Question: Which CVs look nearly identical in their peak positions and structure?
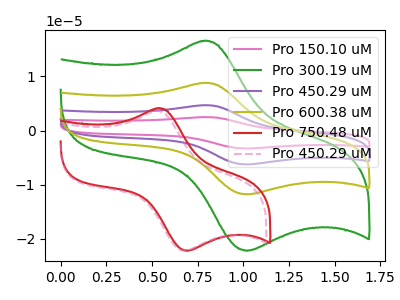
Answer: <think>The pink curve "Pro 150.10 uM" has an anodic peak at (0.80V, 26.30uA) and a cathodic peak at (1.00V, -35.35uA). The green curve "Pro 300.19 uM" has an anodic peak at (0.80V, 16.50uA) and a cathodic peak at (1.00V, -22.20uA). The purple curve "Pro 450.29 uM" has an anodic peak at (0.80V, 17.55uA) and a cathodic peak at (1.00V, -23.55uA). The olive curve "Pro 600.38 uM" has an anodic peak at (0.80V, 8.75uA) and a cathodic peak at (1.00V, -11.80uA). The red curve "Pro 750.48 uM" has an anodic peak at (0.55V, 4.10uA) and a cathodic peak at (0.70V, -22.20uA). The pink dashed curve "Pro 450.29 uM" has an anodic peak at (0.50V, 3.60uA) and a cathodic peak at (0.70V, -22.20uA).
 All the peaks in "Pro 150.10 uM" have a peak in "Pro 300.19 uM" at the same potential. Every peak in "Pro 150.10 uM" is higher than every peak in "Pro 300.19 uM". All the peaks in "Pro 150.10 uM" have a peak in "Pro 450.29 uM" at the same potential. Every peak in "Pro 150.10 uM" is higher than every peak in "Pro 450.29 uM". All the peaks in "Pro 150.10 uM" have a peak in "Pro 600.38 uM" at the same potential. Every peak in "Pro 150.10 uM" is higher than every peak in "Pro 600.38 uM". "Pro 150.10 uM" and "Pro 750.48 uM" have at least one peak that do not match. "Pro 150.10 uM" and "Pro 450.29 uM" have at least one peak that do not match. All the peaks in "Pro 300.19 uM" have a peak in "Pro 450.29 uM" at the same potential. Every peak in "Pro 300.19 uM" is lower than every peak in "Pro 450.29 uM". All the peaks in "Pro 300.19 uM" have a peak in "Pro 600.38 uM" at the same potential. Every peak in "Pro 300.19 uM" is higher than every peak in "Pro 600.38 uM". "Pro 300.19 uM" and "Pro 750.48 uM" have at least one peak that do not match. "Pro 300.19 uM" and "Pro 450.29 uM" have at least one peak that do not match. All the peaks in "Pro 450.29 uM" have a peak in "Pro 600.38 uM" at the same potential. Every peak in "Pro 450.29 uM" is higher than every peak in "Pro 600.38 uM". "Pro 450.29 uM" and "Pro 750.48 uM" have at least one peak that do not match. "Pro 450.29 uM" and "Pro 450.29 uM" have at least one peak that do not match. "Pro 600.38 uM" and "Pro 750.48 uM" have at least one peak that do not match. "Pro 600.38 uM" and "Pro 450.29 uM" have at least one peak that do not match. All the peaks in "Pro 750.48 uM" have a peak in "Pro 450.29 uM" at the same potential.</think>
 <answer>"Pro 300.19 uM", "Pro 150.10 uM", "Pro 450.29 uM" and "Pro 600.38 uM" have the same shape and are likely CV's of the same chemical.</answer>
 <eval>"Pro 300.19 uM" "Pro 150.10 uM" "Pro 450.29 uM" "Pro 600.38 uM"</eval>